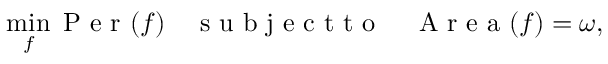
\operatorname* { m i n } _ { f } \mathrm { ~ P ~ e ~ r ~ } ( f ) \quad \mathrm { ~ s ~ u ~ b ~ j ~ e ~ c ~ t ~ t ~ o ~ } \quad \mathrm { ~ A ~ r ~ e ~ a ~ } ( f ) = \omega ,